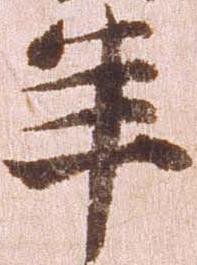
年